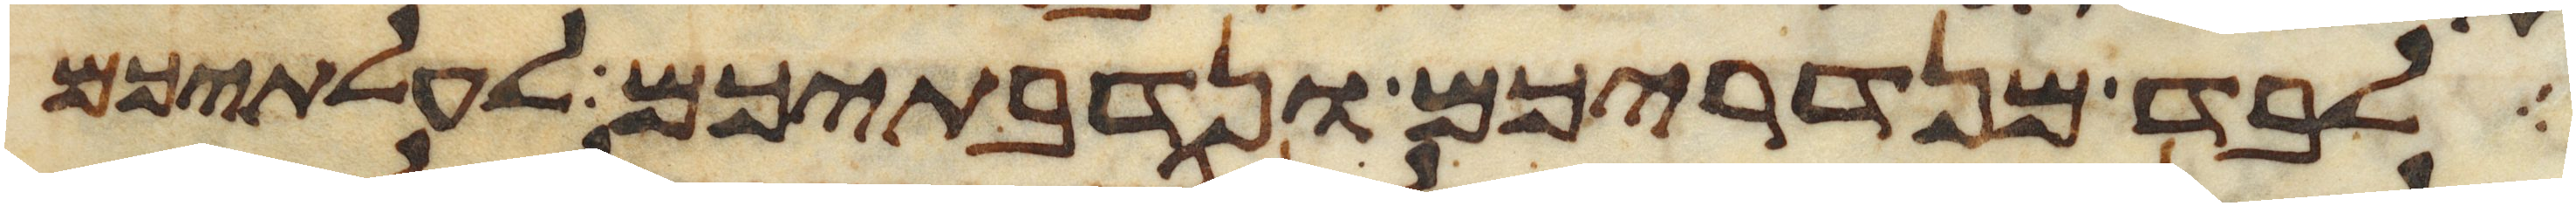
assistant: לבד מנדריכם ונדבתיכם לעלתיכם